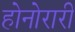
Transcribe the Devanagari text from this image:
होनोरारी